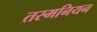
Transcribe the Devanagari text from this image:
तस्मनियन